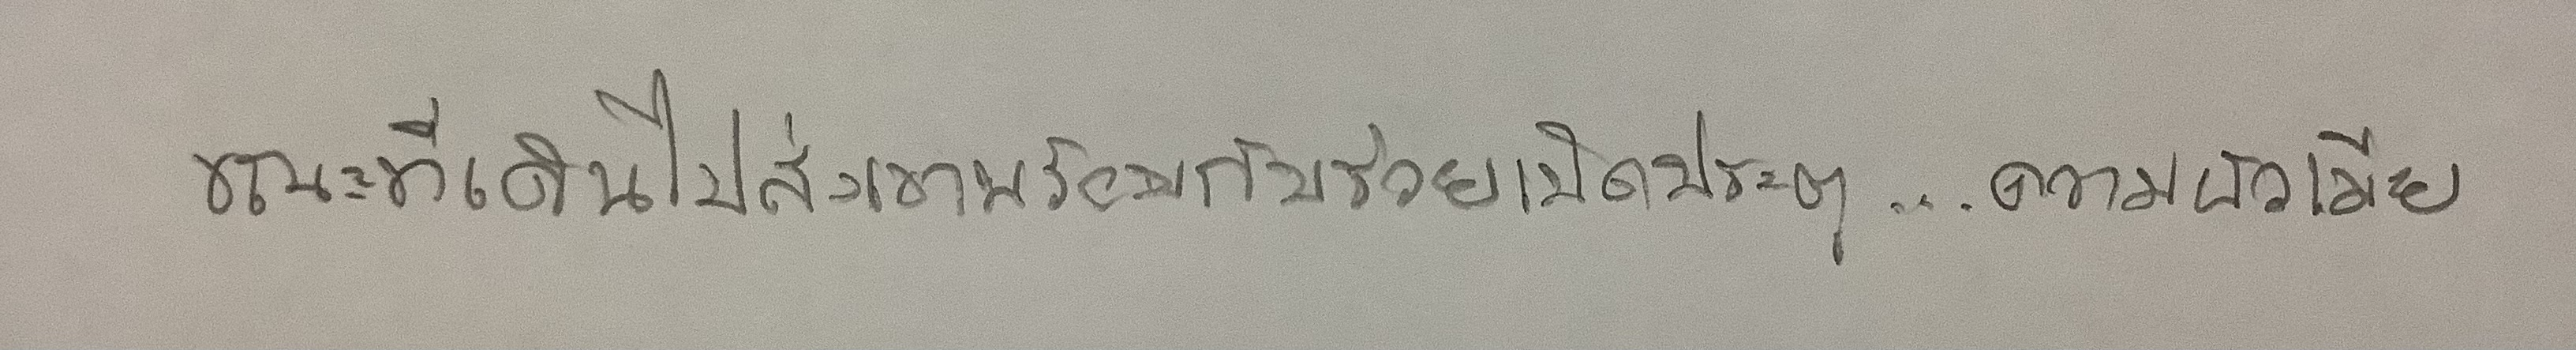
ขณะที่เดินไปส่งเขาพร้อมกับช่วยเปิดประตู...ความผัวเมีย